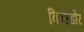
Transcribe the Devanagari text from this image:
विन्स्डोर